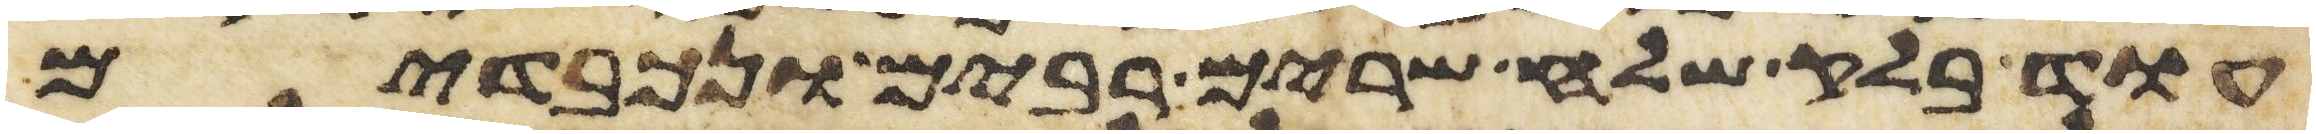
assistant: עוד בלק שלח שרים רבים ונכבדים